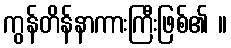
ကွန်တိန်နာကားကြီးဖြစ်၏ ။